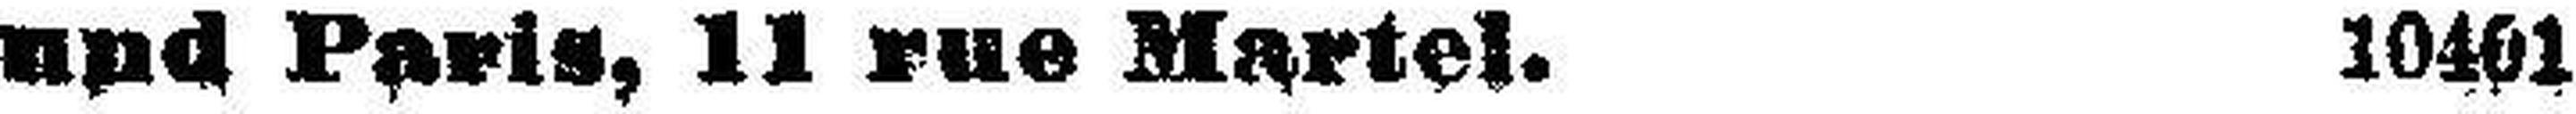
und Paris, 11 rue Martel. 10401